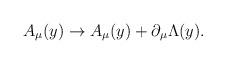
LaTeX: \begin{align*}A_{\mu} (y)\rightarrow A_{\mu} (y)+\partial _{\mu}\Lambda (y).\end{align*}